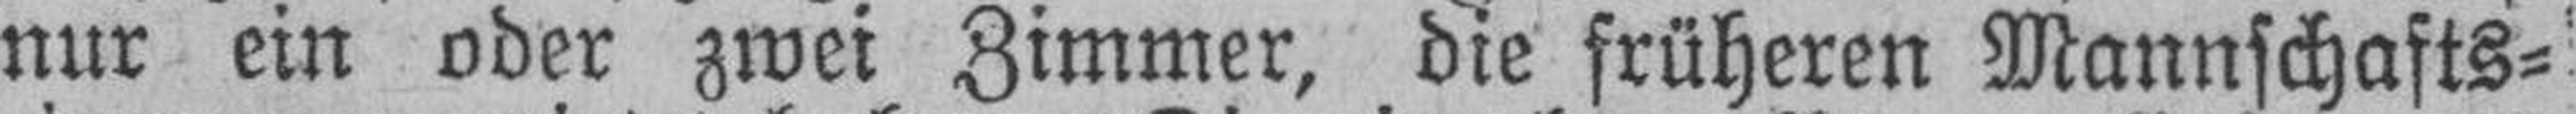
nur ein oder zwei Zimmer, die früheren Mannschafts¬